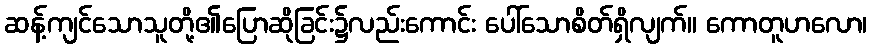
ဆန့်ကျင်သောသူတို့၏ပြောဆိုခြင်း၌လည်းကောင်း ပေါ်သောစိတ်ရှိလျက်။ ကောတူဟလော၊